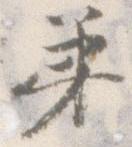
弟